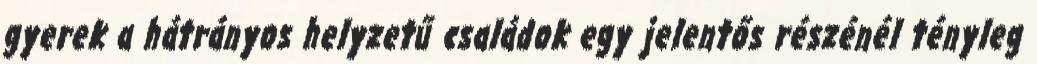
gyerek a hátrányos helyzetű családok egy jelentős részénél tényleg